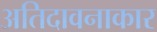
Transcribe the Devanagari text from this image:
अतिदावनाकार